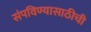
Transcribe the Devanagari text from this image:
संपविण्यासाठीची